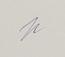
Signature authenticity: genuine